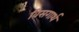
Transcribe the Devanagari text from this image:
विसगार्थ